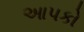
આપકો